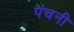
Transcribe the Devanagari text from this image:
पंचनी